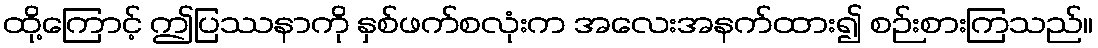
ထို့ကြောင့် ဤပြဿနာကို နှစ်ဖက်စလုံးက အလေးအနက်ထား၍ စဉ်းစားကြသည်။